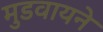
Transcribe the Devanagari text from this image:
मुडवायने